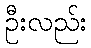
ဦးလည်း